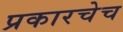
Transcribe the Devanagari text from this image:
प्रकारचेच